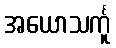
အယောသင်္ကူ